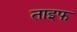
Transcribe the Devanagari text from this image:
ताइफ